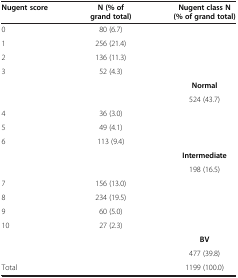
| Nugent score | N (% of grand total) | Nugent class N (% of grand total) |
 | --- | --- | --- |
 | 0 | 80 (6.7) |  |
 | 1 | 256 (21.4) |  |
 | 2 | 136 (11.3) |  |
 | 3 | 52 (4.3) |  |
 |  |  | Normal |
 |  |  | 524 (43.7) |
 | 4 | 36 (3.0) |  |
 | 5 | 49 (4.1) |  |
 | 6 | 113 (9.4) |  |
 |  |  | Intermediate |
 |  |  | 198 (16.5) |
 | 7 | 156 (13.0) |  |
 | 8 | 234 (19.5) |  |
 | 9 | 60 (5.0) |  |
 | 10 | 27 (2.3) |  |
 |  |  | BV |
 |  |  | 477 (39.8) |
 | <COLSPAN=2> Total | 1199 (100.0) |